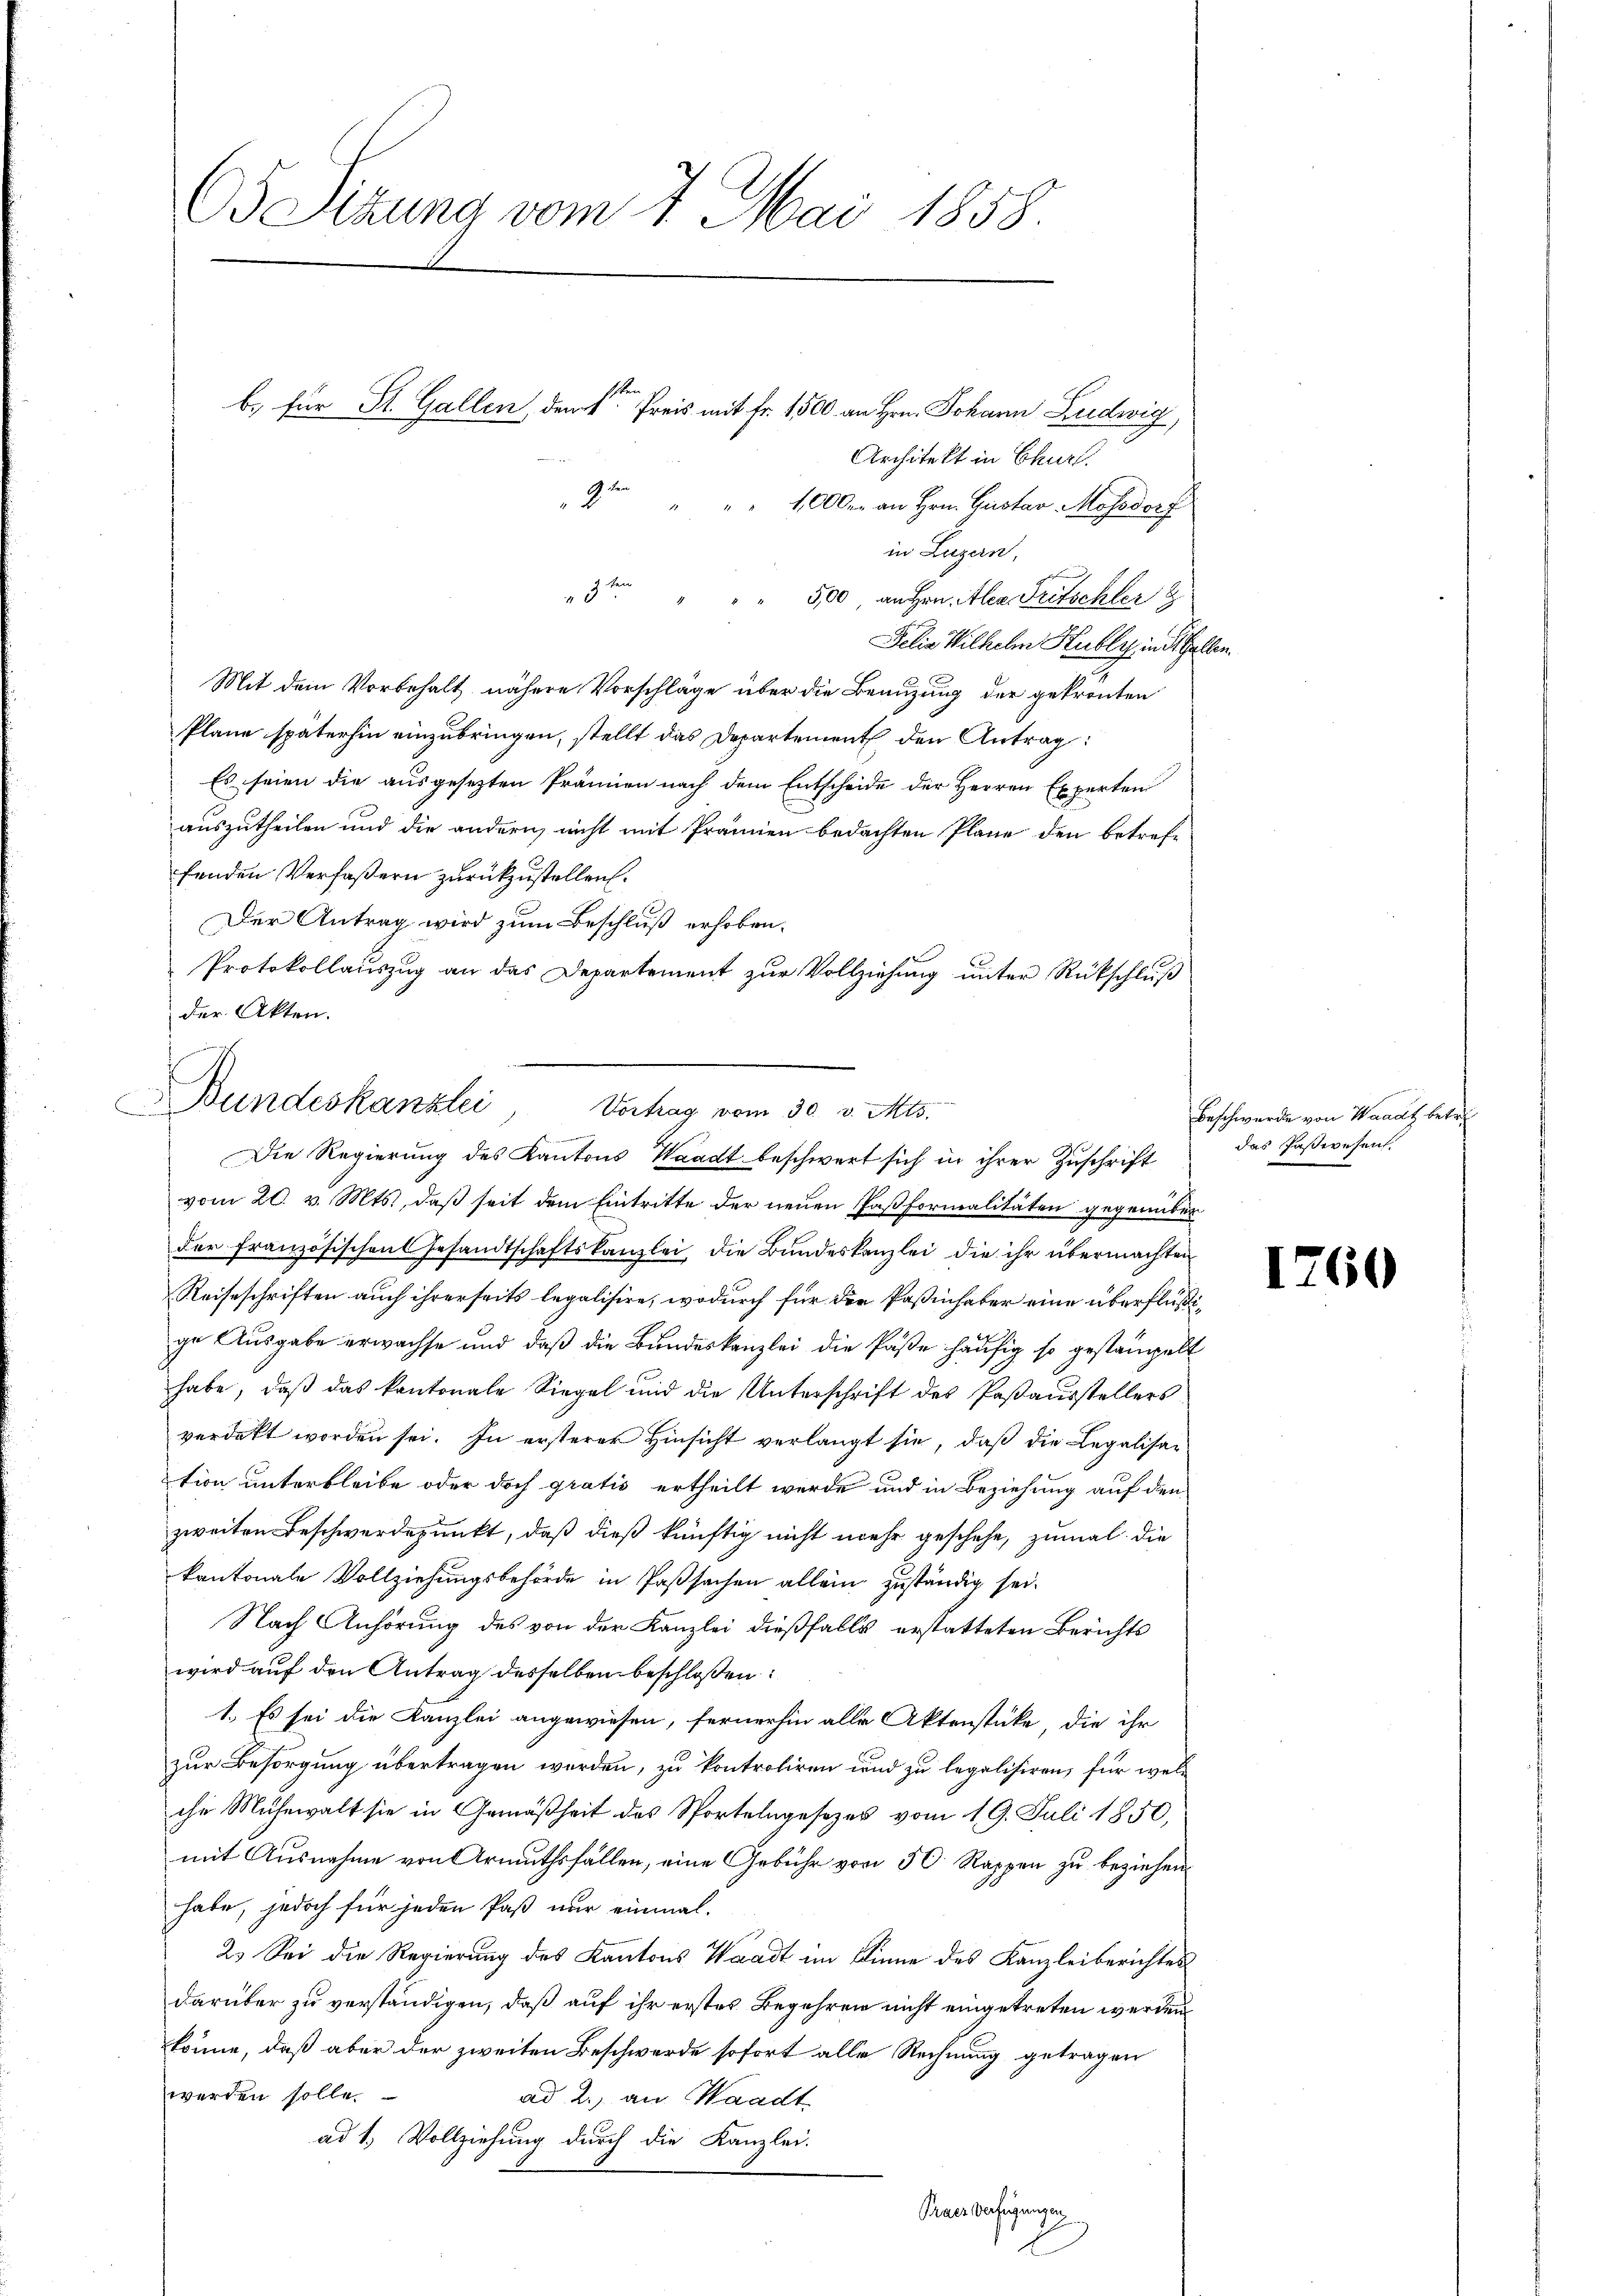
65 Sitzung vom 7. Mai 1858.

Architekt in Churl.
Delia Wilhelm Stubly in allen.
2
Mit dem Vorbehalt nähere Vorschläge über die Benuzung der gekrönten
Plane späterhin einzubringen, stellt das Departement den Antrag:
Es seien die ausgesezten Prämien nach dem Entscheide der Herren Experten
auszutheilen und die andern, nicht mit Prämien bedachten Plane den betreffenden Verfaßern zurückzustellen.
.
Der Antrag wird zum Beschluß erhoben.
Protokollauszug an das Departement zur Vollziehung unter Rückschluß
der Akten.

b. für St. Gallen, denke Preis mit Fr. 1500 an Hrn. Johann Ludwig,
9te 1000. an Hrn. Gustav Mossdorf

in Luzern,
3te " " " 500 an Hrn. Alea Fritschler

Bundeskanzlei Vortrag vom 30. v. Mts.
Die Regierung des Kantons Waadt beschwert sich in ihrer Zuschrift

Praes Verfügungen

vom 20. v. Mts., daß seit dem Eintritte der neuen Paßformalitäten gegenüber
der französischen Gesandtschaftskanzlei, die Bundeskanzlei die ihr übermachten
Reiseschriften auch ihrerseits legalisire, wodurch für die Paßinhaber eine überflüßige Ausgabe erwachse und daß die Bundeskanzlei die Paße häufig so gestampelt
habe, daß das kantonale Siegel und die Unterschrift des Paßausstellers
verdikt worden sei. In ersterer Hinsicht verlangt sie, daß die Legalisation unterbleibe oder doch gratis ertheilt werde und in Beziehung auf den
zweiten Beschwerdepunkt, daß dieß künftig nicht mehr geschehe, zumal die
kantonale Vollziehungsbehörde in Passachen allein zuständig sei¬
Nach Anhörung des von der Kanzlei dießfalls erstatteten Berichts
wird auf den Antrag desselben beschlossen:
1. Es sei die Kanzlei angewiesen, fernerhin alle Aktenstücke, die ihr
zur Besorgung übertragen werden, zu kontroliren und zu legalisiren, für welche Mühewalt sie in Gemäßheit des Sportelngesezes vom 19. Juli 1850,
mit Ausnahme von Armuthsfällen, eine Gebühr von 50 Rappen zu beziehen.
habe, jedoch für jeden Paß nur einmal.
2. Sei die Regierung des Kantons Waadt im Sinne des Kanzleiberichtes
darüber zu verständigen, daß auf ihr erstes Begehren nicht eingetreten werden
könne, daß aber der zweiten Beschwerde sofort alle Rechnung getragen
werden solle.
ad 2., an Waadt
ad 1. Vollziehung durch die Kanzlei-

Beschwerde von Waadt betr.
das Passivesen.

1760